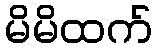
မိမိထက်